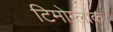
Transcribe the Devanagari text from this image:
टिमोग्लोक